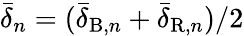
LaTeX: \bar{\delta}_{n}=(\bar{\delta}_{\mathrm{B},n}+\bar{\delta}_{\mathrm{R},n})/2